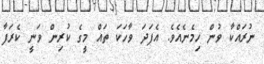
ނުރައްކާ ވުން ހިމެނެއެވެ. އެފަދަ ވާހަކަ ތައް މީގެ ކުރިން ވަނީ ކެރަފާ